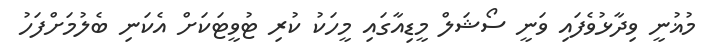
މުޣުނީ ވިދާޅުވެފައި ވަނީ ސޯޝަލް މީޑިއާގައި މީހަކު ކުރި ޓުވީޓަކަށް އެކަނި ބެލުމަށްފަހު